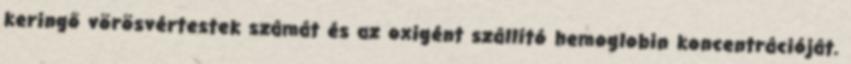
keringő vörösvértestek számát és az oxigént szállító hemoglobin koncentrációját.